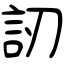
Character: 訒